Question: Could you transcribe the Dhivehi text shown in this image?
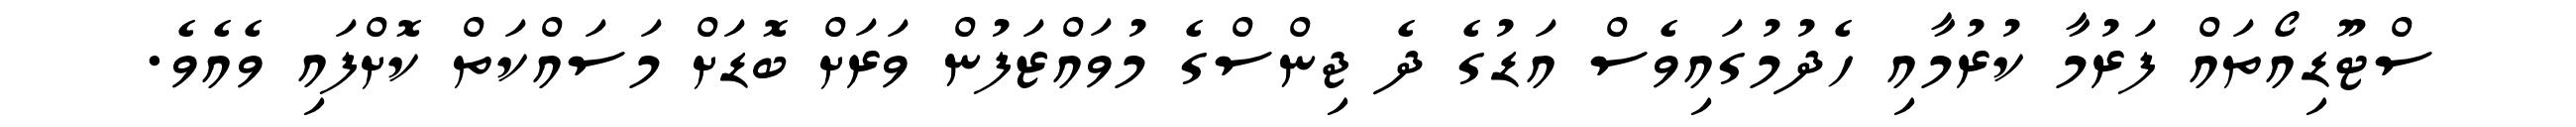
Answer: ސްޓޫޑިއޯތައް ފަރުމާ ކުރުމާއި ހެދުމުގައިވެސް އަޑުގެ ދެ ޖިންސްގެ މުވައްޒަފުން ވަރަށް ބޮޑަށް މަސައްކަތް ކޮށްފައި ވެއެވެ.